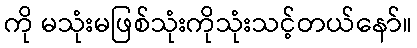
ကို မသုံးမဖြစ်သုံးကိုသုံးသင့်တယ်နော်။